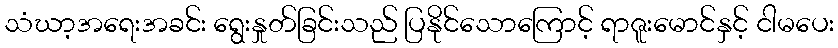
သံဃာ့အရေးအခင်း ရွေးနှုတ်ခြင်းသည် ပြနိုင်သောကြောင့် ရာဇူးမောင်နှင့် ငါမပေး